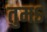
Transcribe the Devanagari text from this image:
तुमऽ